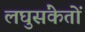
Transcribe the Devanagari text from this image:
लघुसंकेतों